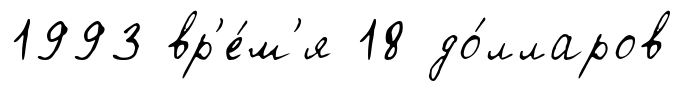
1993 вр'е́м'я 18 до́лларов